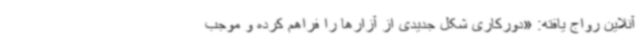
آنلاین رواج یافته: «دورکاری شکل جدیدی از آزارها را فراهم کرده و موجب